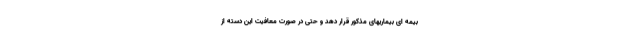
بیمه ای بیماریهای مذکور قرار دهد و حتی در صورت معافیت این دسته از